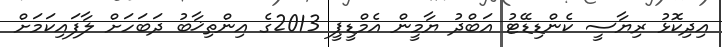
އިދިކޮޅު ރިޔާސީ ކެންޑިޑޭޓު އަބްދު ޔާމީން އެމްޑީޕީ 2013ގެ އިންތިޚާބު ދަބަހަށް ލާފައިކަމަށް